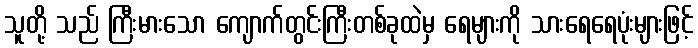
သူတို့ သည် ကြီးမားသော ကျောက်တွင်းကြီးတစ်ခုထဲမှ ရေများကို သားရေရေပုံးများဖြင့်